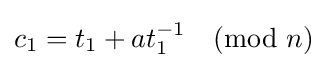
\textstyle c_{1}=t_{1}+at_{1}^{-1}{\pmod {n}}